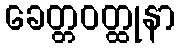
ခေတ္တဝတ္ထုနာ